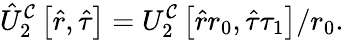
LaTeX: \hat{U}_{2}^{\mathcal{C}}\left[\hat{r},\hat{\tau}\right]=U_{2}^{\mathcal{C}}\left[\hat{r}r_{0},\hat{\tau}\tau_{1}\right]/r_{0}.